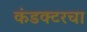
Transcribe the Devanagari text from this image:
कंडक्टरचा